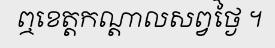
ឮខេត្តកណ្តាលសព្វថ្ងៃ ។